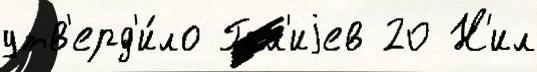
утв'ерд'и́ло Гал'иjев 20 Н'ил